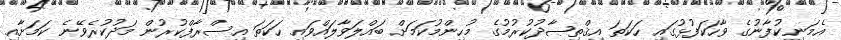
އެމަނިކުފާނުގެ ވާހަކަފުޅުގައި ހަކަތަ އިޤްތިޞާދުކުރުމުގެ މުހިންމުކަމަށް ބައްލަވާލައްވައި ހަކަތަ އިސްރާފްކުރުން މަދުކުރެވޭނެ ކަމަށާއި